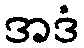
အဒံ